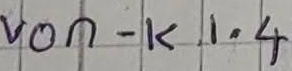
Text: von - K1.4